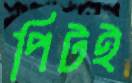
পিটই